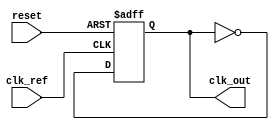
module pll (
    input wire clk_ref,          // Reference clock input
    input wire reset,            // Asynchronous reset
    output wire clk_out          // Output clock signal
);

// Parameters for the VCO and loop filter
parameter VCO_MAX_FREQ = 100;  // Maximum VCO frequency
parameter VCO_MIN_FREQ = 10;    // Minimum VCO frequency
parameter LOOP_FILTER_GAIN = 5; // Gain of the loop filter

// Internal signals
reg [7:0] phase_error;          // Phase error signal from phase detector
reg [7:0] control_voltage;       // Control voltage for VCO
reg clk_vco;                    // VCO output clock signal
reg [7:0] vco_frequency;         // Current VCO frequency

// Phase Detector (PD)
always @(posedge clk_ref or posedge reset) begin
    if (reset) begin
        phase_error <= 0;
    end else begin
        // Simple phase comparison logic (for illustration purposes)
        // In practice, this would be more complex
        if (clk_ref == clk_vco) begin
            phase_error <= 0; // No error
        end else begin
            phase_error <= phase_error + 1; // Increment error
        end
    end
end

// Loop Filter
always @(posedge clk_ref or posedge reset) begin
    if (reset) begin
        control_voltage <= 0;
    end else begin
        // Simple first-order loop filter
        control_voltage <= control_voltage + (phase_error * LOOP_FILTER_GAIN);
        // Clamp control voltage to VCO frequency limits
        if (control_voltage > VCO_MAX_FREQ) begin
            control_voltage <= VCO_MAX_FREQ;
        end else if (control_voltage < VCO_MIN_FREQ) begin
            control_voltage <= VCO_MIN_FREQ;
        end
    end
end

// Voltage-Controlled Oscillator (VCO)
always @(posedge clk_ref or posedge reset) begin
    if (reset) begin
        vco_frequency <= VCO_MIN_FREQ; // Start at min frequency
        clk_vco <= 0;
    end else begin
        // Adjust VCO frequency based on control voltage
        vco_frequency <= control_voltage;
        // Generate VCO output clock based on frequency (simplified)
        clk_vco <= ~clk_vco; // Toggle clock for illustration (should be based on frequency)
    end
end

// Feedback Path (for simplicity, direct connection)
assign clk_out = clk_vco;

endmodule